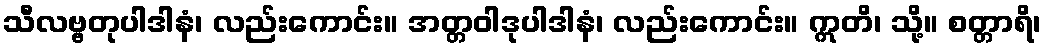
သီလဗ္ဗတုပါဒါနံ၊ လည်းကောင်း။ အတ္တဝါဒုပါဒါနံ၊ လည်းကောင်း။ ဣတိ၊ သို့။ စတ္တာရိ၊